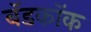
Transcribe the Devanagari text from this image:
बॅडकॉक